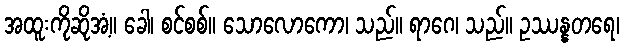
အထူးကိုဆိုအံ့။ ခေါ၊ စင်စစ်။ သောလောကော၊ သည်။ ရာဂေ၊ သည်။ ဥဿန္နတရေ၊